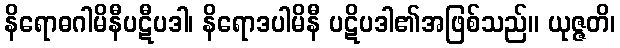
နိရောဓဂါမိနီပဋီပဒါ၊ နိရောဒပါမိနီ ပဋိပဒါ၏အဖြစ်သည်။ ယုဇ္ဇတိ၊